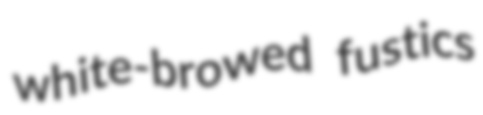
white-browed fustics